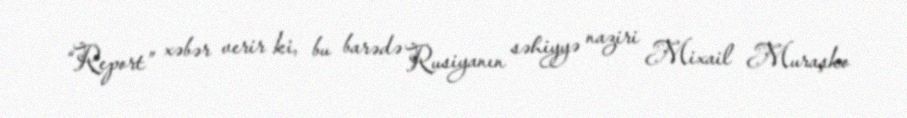
“Report” xəbər verir ki, bu barədə Rusiyanın səhiyyə naziri Mixail Muraşko